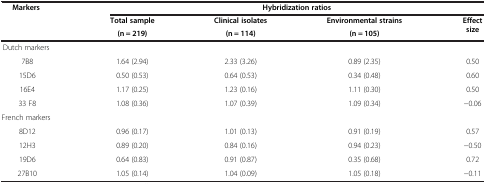
<table><thead><tr><td><b>Markers</b></td><td colspan="4"><b>Hybridization ratios</b></td></tr><tr><td><b> </b></td><td><b>Total sample</b></td><td><b>Clinical isolates</b></td><td><b>Environmental strains</b></td><td><b>Effect size</b></td></tr><tr><td><b> </b></td><td><b>(n = 219)</b></td><td><b>(n = 114)</b></td><td><b>(n = 105)</b></td><td><b> </b></td></tr></thead><tbody><tr><td>Dutch markers</td><td> </td><td> </td><td> </td><td> </td></tr><tr><td> 7B8</td><td>1.64 (2.94)</td><td>2.33 (3.26)</td><td>0.89 (2.35)</td><td>0.50</td></tr><tr><td> 15D6</td><td>0.50 (0.53)</td><td>0.64 (0.53)</td><td>0.34 (0.48)</td><td>0.60</td></tr><tr><td> 16E4</td><td>1.17 (0.25)</td><td>1.23 (0.16)</td><td>1.11 (0.30)</td><td>0.50</td></tr><tr><td> 33 F8</td><td>1.08 (0.36)</td><td>1.07 (0.39)</td><td>1.09 (0.34)</td><td>−0.06</td></tr><tr><td>French markers</td><td> </td><td> </td><td> </td><td> </td></tr><tr><td> 8D12</td><td>0.96 (0.17)</td><td>1.01 (0.13)</td><td>0.91 (0.19)</td><td>0.57</td></tr><tr><td> 12H3</td><td>0.89 (0.20)</td><td>0.84 (0.16)</td><td>0.94 (0.23)</td><td>−0.50</td></tr><tr><td> 19D6</td><td>0.64 (0.83)</td><td>0.91 (0.87)</td><td>0.35 (0.68)</td><td>0.72</td></tr><tr><td> 27B10</td><td>1.05 (0.14)</td><td>1.04 (0.09)</td><td>1.05 (0.18)</td><td>−0.11</td></tr></tbody></table>